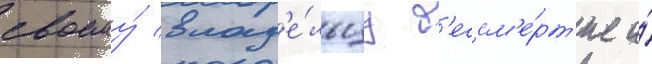
своему́ влад'е́льцу б'ессм'е́рт'ие и́